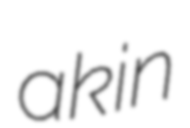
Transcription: akin